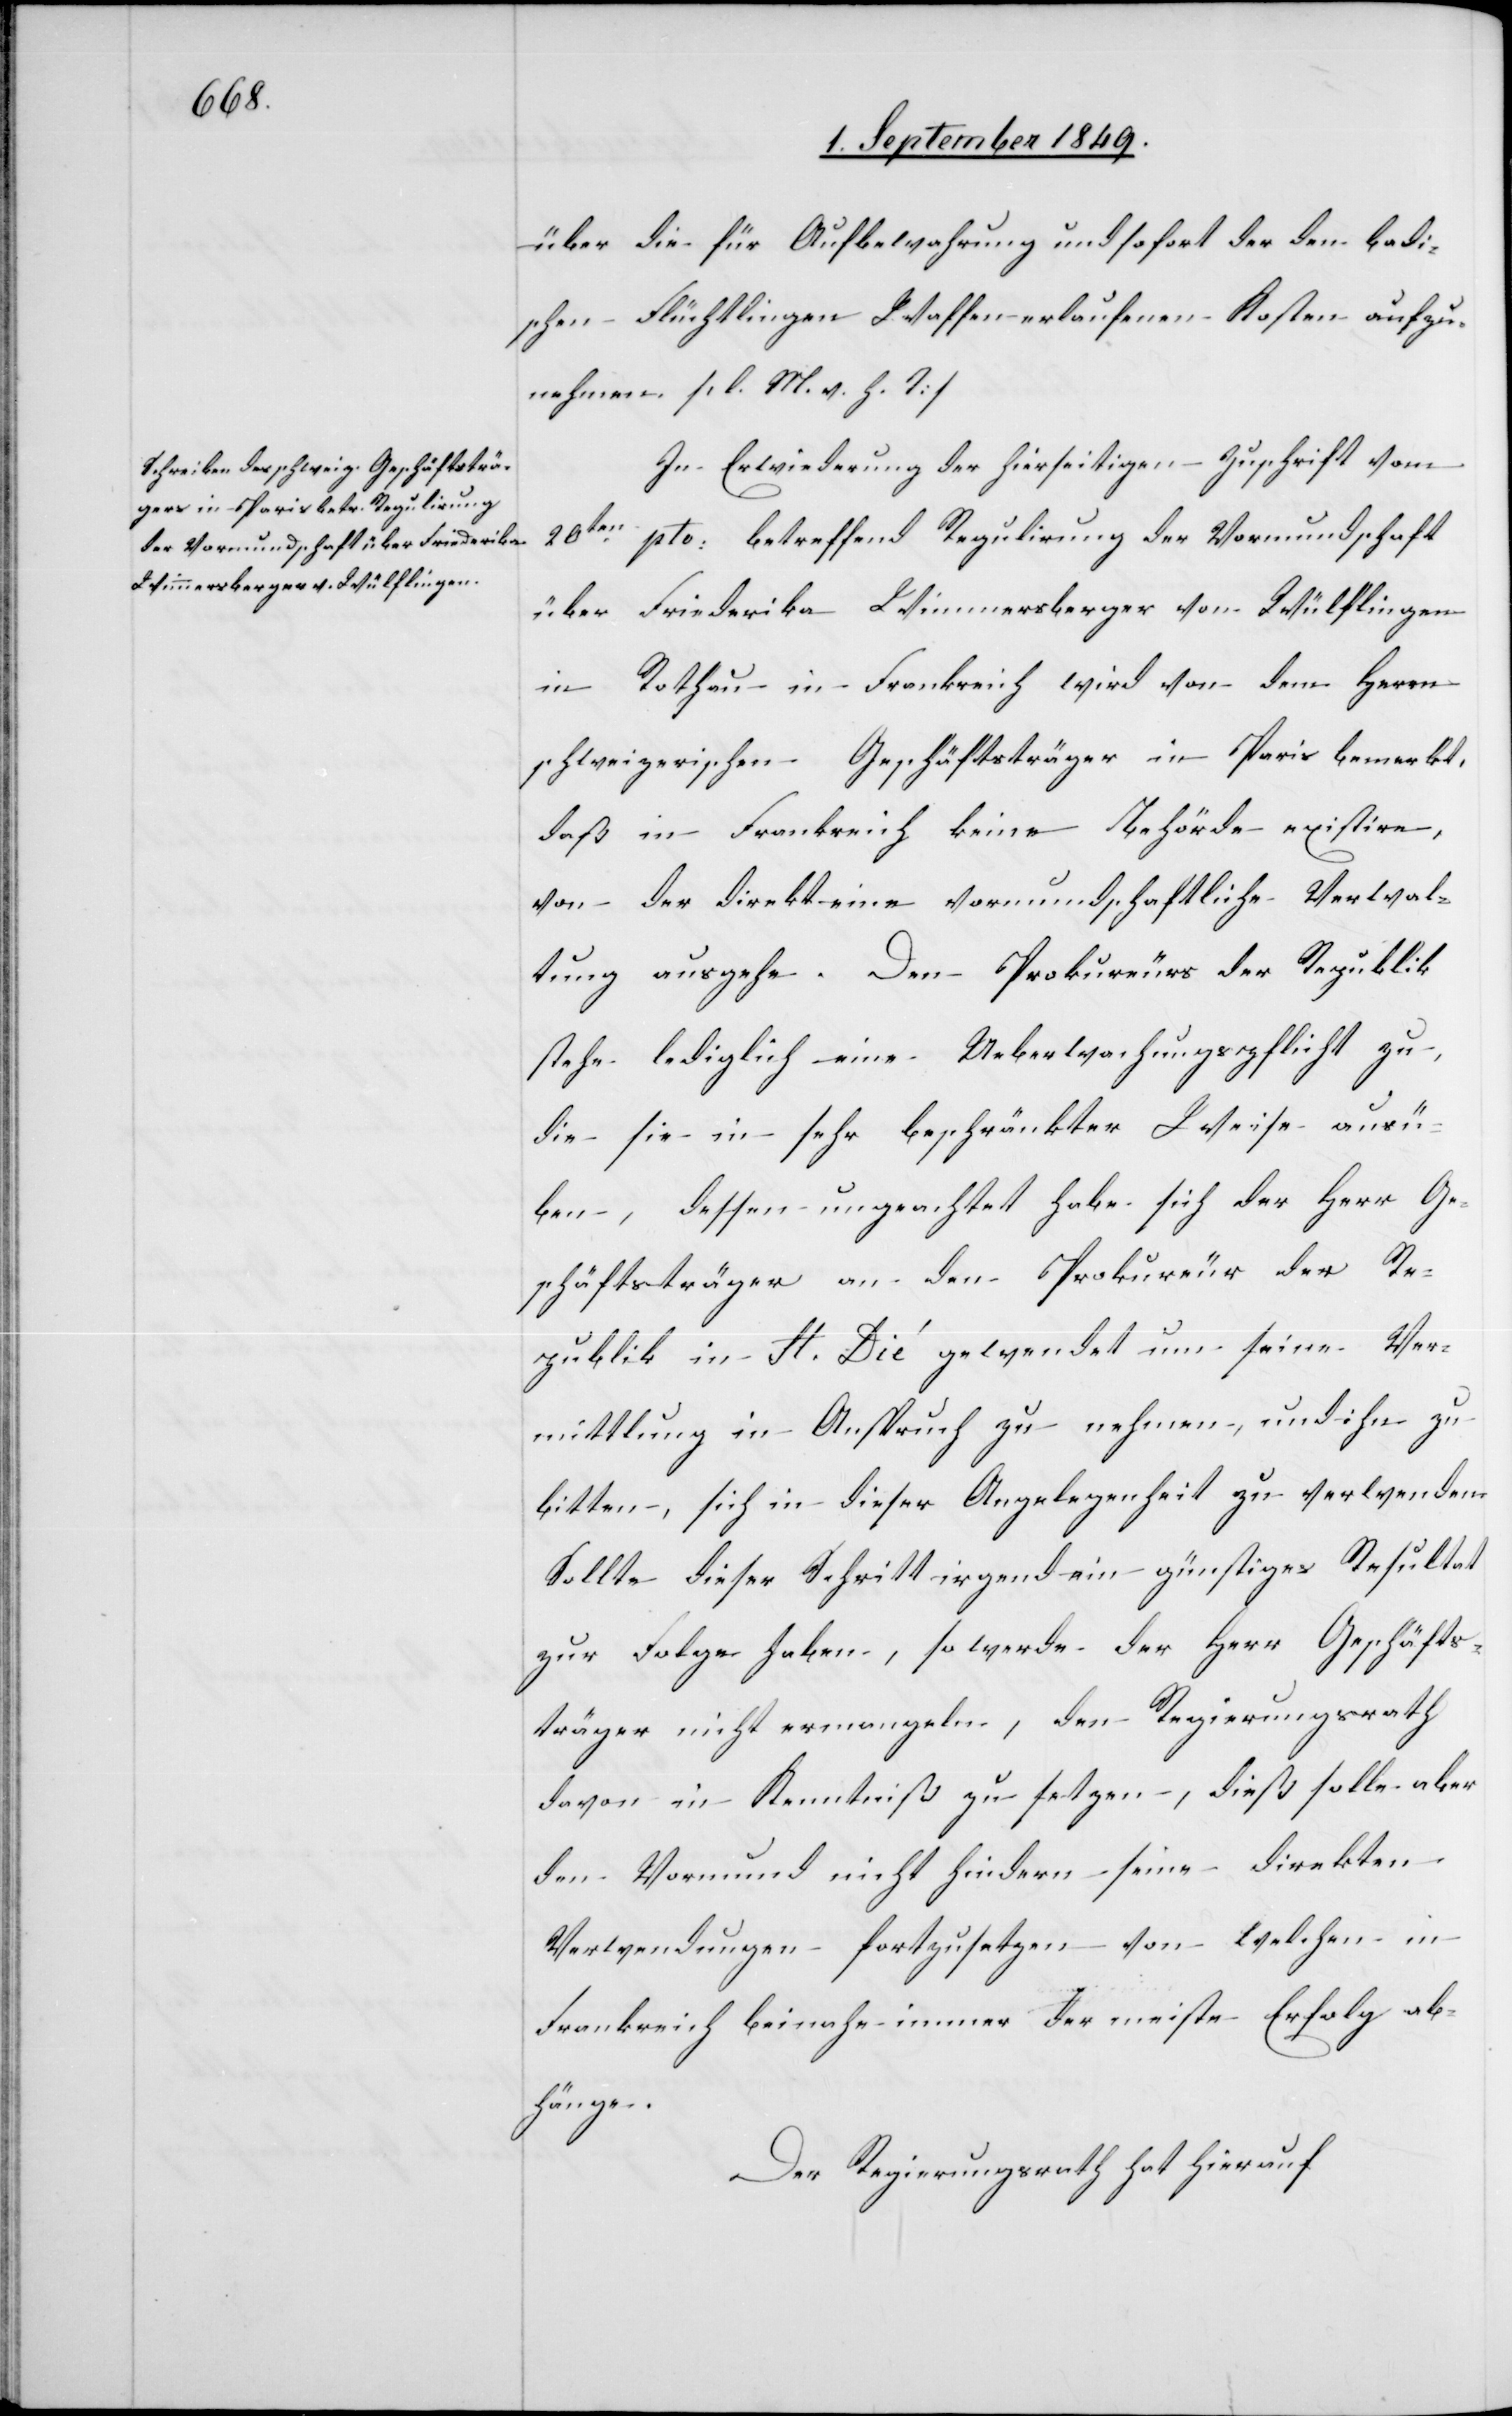
über die für Aufbewahrung und sofort der den badi¬
schen Flüchtlingen Waffen erlaufenen Kosten aufzu¬
nehmen. [l. M. v. h. T]
In Erwiederung der hierseitigen Zuschrift vom
20ten pto: betreffend Regulirung der Vormundschaft
über Friederika Wimmersberger von Wülflingen
in Rothau in Frankreich wird von dem Herrn
schweizerischen Geschäftsträger in Paris bemerkt,
daß in Frankreich keine Behörde existire,
von der direkt eine vormundschaftliche Verwal¬
tung ausgehe. Den Prokureurs der Republik
stehe lediglich eine Ueberwachungspflicht zu,
die sie in sehr beschränkter Weise ausü¬
ben, dessen ungeachtet habe sich der Herr Ge¬
schäftsträger an den Prokureur der Re¬
publik in St. Dié gewendet um seine Ver¬
mittlung in Anspruch zu nehmen, und ihn zu
bitten, sich in dieser Angelegenheit zu verwenden.
Sollte dieser Schritt irgendwie ein günstiges Resultat
zur Folge haben, so werde der Herr Geschäfts¬
träger nicht ermangeln, den Regierungsrath
davon in Kenntniß zu setzen, dieß solle aber
den Vormund nicht hindern seine direkten
Verwendungen fortzusetzen von welchen in
Frankreich beinahe immer der meiste Erfolg ab¬
hänge.
Der Regierungsrath hat hierauf